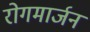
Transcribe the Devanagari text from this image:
रोगमार्जन